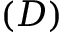
( D )